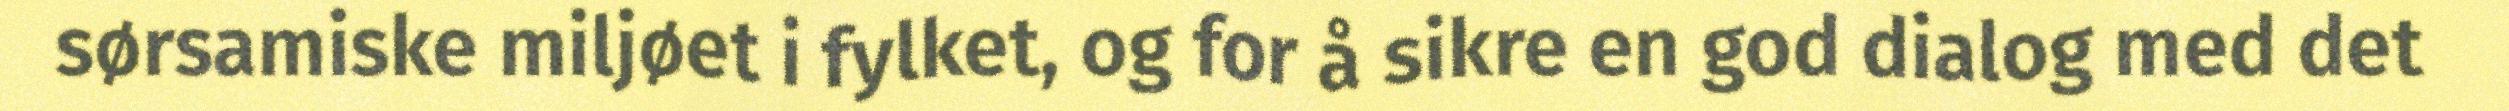
sørsamiske miljøet i fylket, og for å sikre en god dialog med det